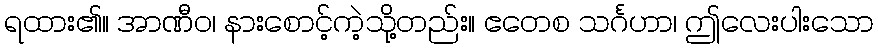
ရထား၏။ အာဏီဝ၊ နားစောင့်ကဲ့သို့တည်း။ ဧတေစ သင်္ဂဟာ၊ ဤလေးပါးသော